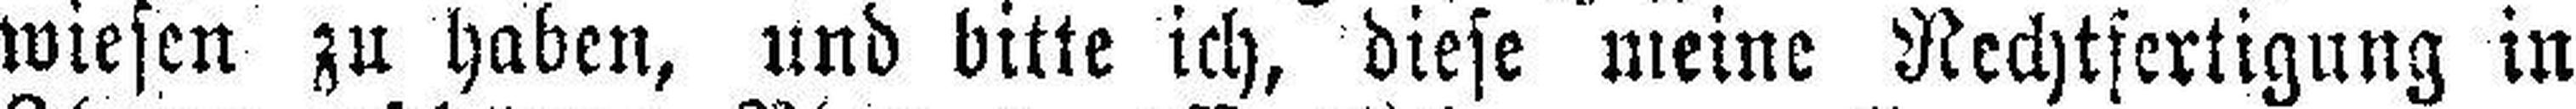
wiesen zu haben, und bitte ich, diese meine Rechtfertigung in